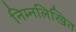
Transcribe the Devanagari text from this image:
निम्‍नलिखित